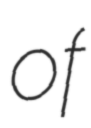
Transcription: of